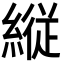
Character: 縦